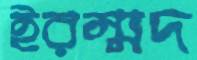
ইরম্মদ